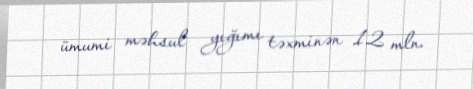
ümumi məhsul yığımı təxminən 12 mln.